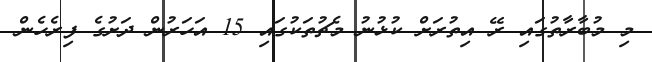
މި މުބާރާތުގައި ރޭ އިތުރަށް ކުޅުނު މެޗުތަކުގައި 15 އަހަރުން ދަށުގެ ފިރެހެން